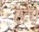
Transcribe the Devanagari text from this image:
एटेए